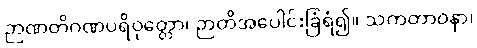
ဉာဏတိဂဏပရိဝုတ္တော၊ ဉာတိအပေါင်းခြံရံ၍။ သကတာဝနာ၊